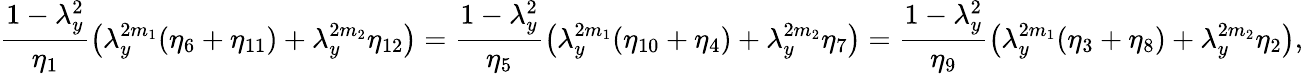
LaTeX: \frac{1-\lambda_{y}^{2}}{\eta_{1}}\big(\lambda_{y}^{2m_{1}}(\eta_{6}+\eta_{11})+\lambda_{y}^{2m_{2}}\eta_{12}\big)=\frac{1-\lambda_{y}^{2}}{\eta_{5}}\big(\lambda_{y}^{2m_{1}}(\eta_{10}+\eta_{4})+\lambda_{y}^{2m_{2}}\eta_{7}\big)=\frac{1-\lambda_{y}^{2}}{\eta_{9}}\big(\lambda_{y}^{2m_{1}}(\eta_{3}+\eta_{8})+\lambda_{y}^{2m_{2}}\eta_{2}\big),